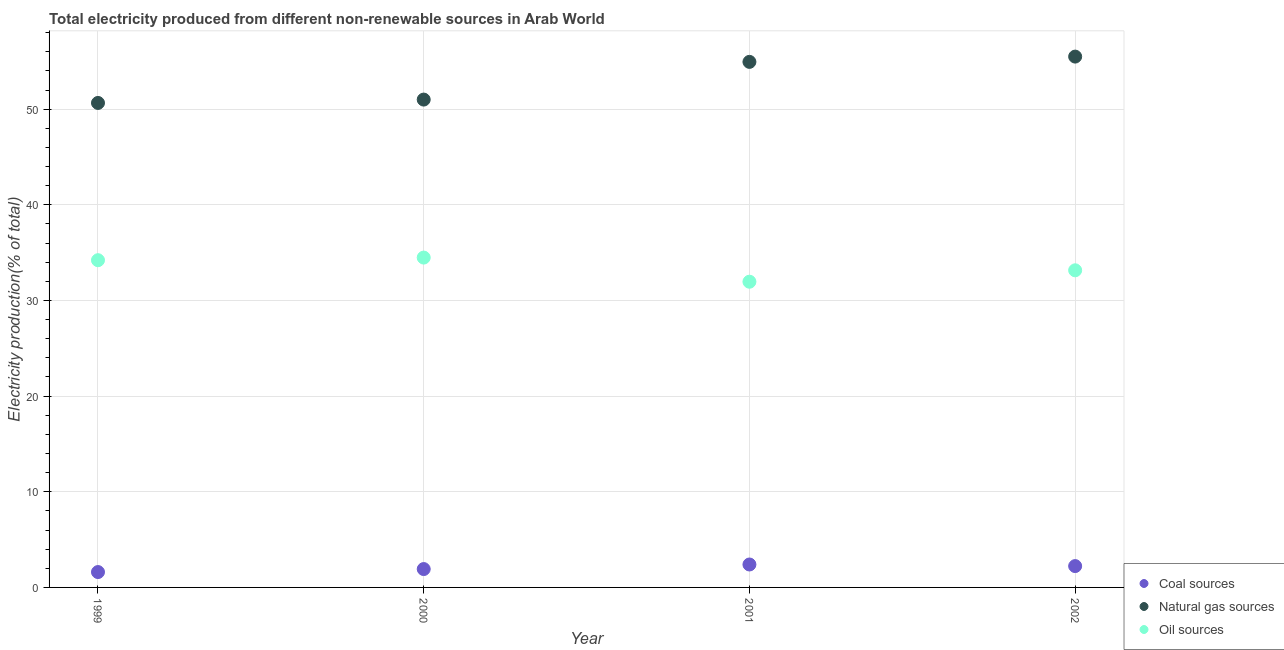
| Year | Coal sources | Natural gas sources | Oil sources |
 | --- | --- | --- | --- |
 | 1999 | 1.61 | 50.6 | 34.2 |
 | 2000 | 1.92 | 51 | 34.5 |
 | 2001 | 2.4 | 54.9 | 32 |
 | 2002 | 2.23 | 55.5 | 33.2 |